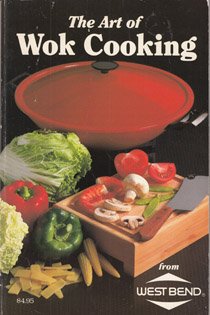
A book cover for The Art of Wok Cooking from West Bend; West Bend Co; Cookbooks, Food & Wine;